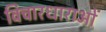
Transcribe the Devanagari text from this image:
विचारधाराओंं